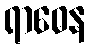
ရာဓေန